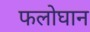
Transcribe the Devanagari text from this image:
फलोघान